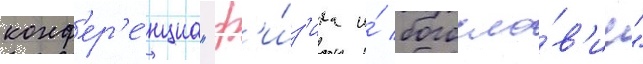
конф'ер'е́нциа "ф'и́з'ика и́ богосло́в'ие"